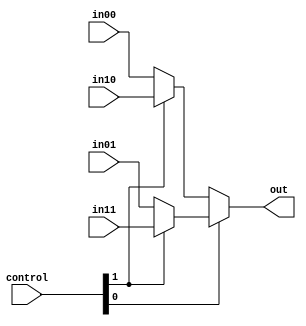
`timescale 1ns / 1ps
//////////////////////////////////////////////////////////////////////////////////
// Company: 
// Engineer: 
// 
// Design Name: 
// Module Name: MUX4L_32
// Project Name: 
// Target Devices: 
// Tool Versions: 
// Description: 
// 
// Dependencies: 
// 
// Revision:
// Revision 0.01 - File Created
// Additional Comments:
// 
//////////////////////////////////////////////////////////////////////////////////

module MUX4L_32(
	input [1:0]control,
	input [31:0] in00,
	input [31:0] in01,
	input [31:0] in10,
	input [31:0] in11,
	output [31:0] out
);
	assign out = control[0] ? (control[1] ? in11 : in01) : (control[1] ? in10 : in00);
endmodule